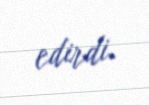
edirdi.